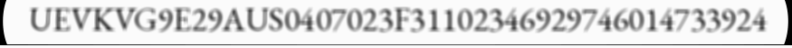
UEVKVG9E29AUS0407023F31102346929746014733924